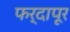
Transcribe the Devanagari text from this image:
फर्दापूर